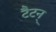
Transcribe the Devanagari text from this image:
टैटन्